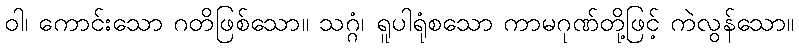
ဝါ၊ ကောင်းသော ဂတိဖြစ်သော။ သဂ္ဂံ၊ ရူပါရုံစသော ကာမဂုဏ်တို့ဖြင့် ကဲလွန်သော။